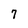
Character: 7